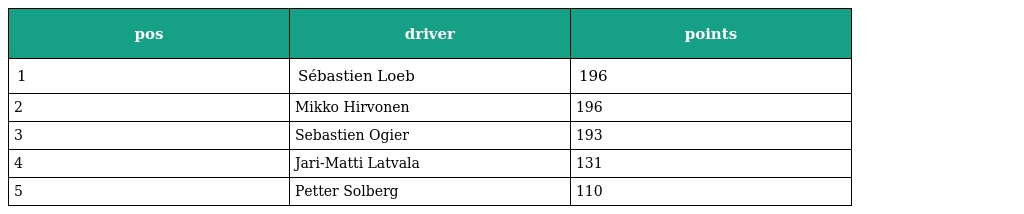
| pos | driver | points |
 | --- | --- | --- |
 | 1 | Sébastien Loeb | 196 |
 | 2 | Mikko Hirvonen | 196 |
 | 3 | Sebastien Ogier | 193 |
 | 4 | Jari-Matti Latvala | 131 |
 | 5 | Petter Solberg | 110 |